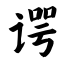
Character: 谔